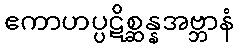
ဧကာဟပ္ပဋိစ္ဆန္နအဗ္ဘာနံ